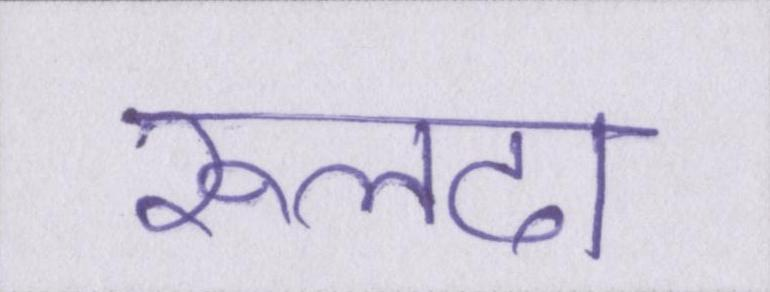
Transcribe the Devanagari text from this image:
रूलदा